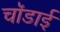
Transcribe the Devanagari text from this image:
चॉडाई